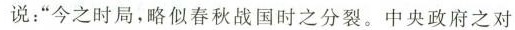
说：”今之时局，略似春秋战国时之分裂。中央政府之对